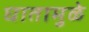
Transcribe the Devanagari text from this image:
घातामुळे